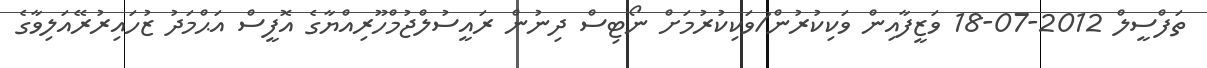
ތަފްސީލް 2012-07-18 ވަޒީފާއިން ވަކިކުރުން/ވަކިކުރުމަށް ނޯޓިސް ދިނުން ރައީސުލްޖުމްހޫރިއްޔާގެ އޮފީސް އަޙްމަދު ޒުހައިރުރޭއަލިވާގެ